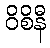
ဝိစိနီ